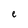
Character: e